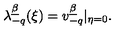
\lambda _ { - q } ^ { \underline { \beta } } ( \xi ) = v _ { - q } ^ { \underline { \beta } } | _ { \eta = 0 } .